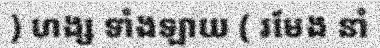
) ហង្ស ទាំងឡាយ ( រមែង នាំ